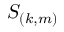
S _ { ( k , m ) }